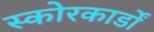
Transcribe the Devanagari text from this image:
स्कोरकार्डों